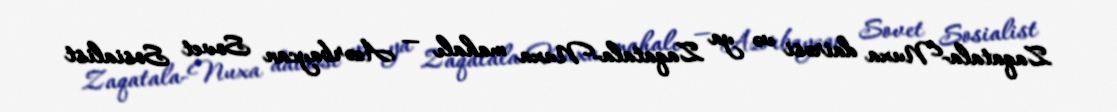
Zaqatala-Nuxa dairəsi və ya Zaqatala-Nuxa mahalı — Azərbaycan Sovet Sosialist